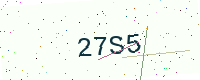
Text: 27S5